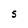
Character: S